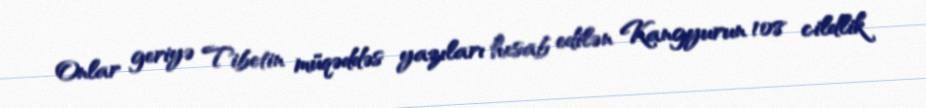
Onlar geriyə Tibetin müqəddəs yazıları hesab edilən Kangyurun 108 cildlik